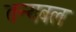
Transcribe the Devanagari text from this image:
तन्यबल